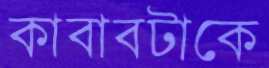
কাবাবটাকে